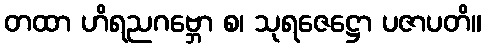
တထာ ဟိရညဂဗ္ဘော စ၊ သုရဇေဋ္ဌော ပဇာပတိ။